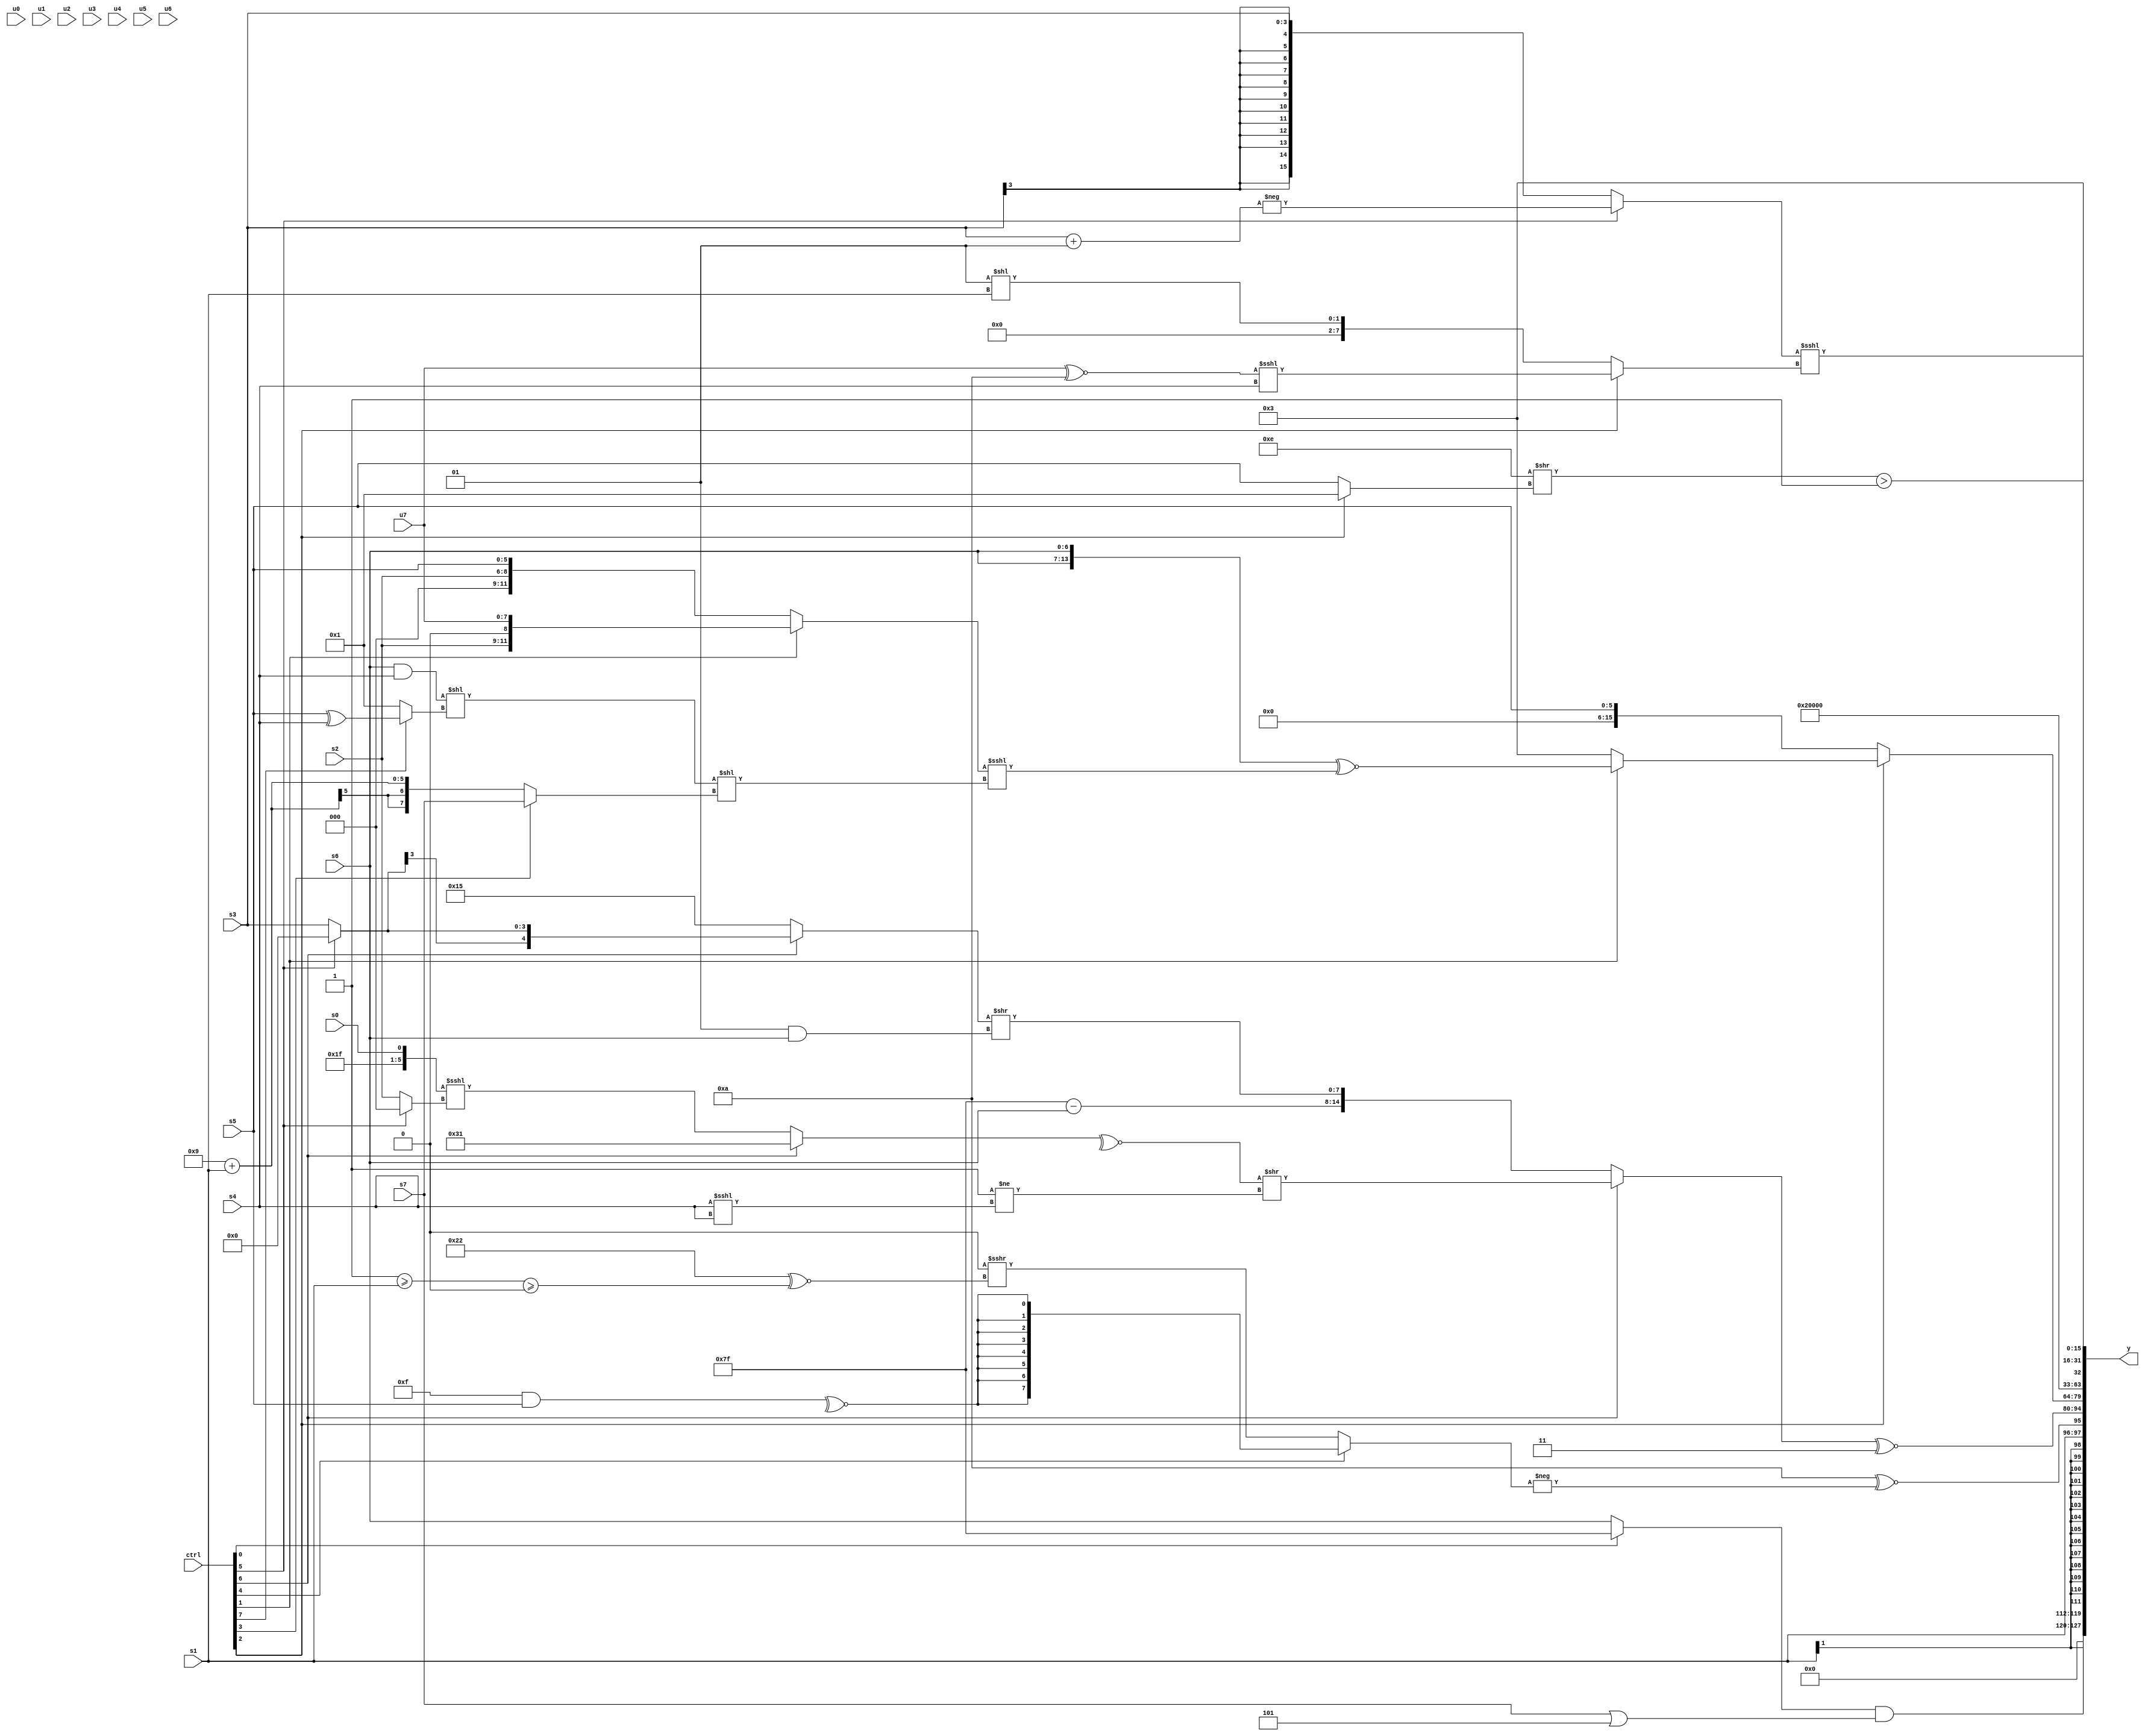
module wideexpr_00828(ctrl, u0, u1, u2, u3, u4, u5, u6, u7, s0, s1, s2, s3, s4, s5, s6, s7, y);
  input [7:0] ctrl;
  input [0:0] u0;
  input [1:0] u1;
  input [2:0] u2;
  input [3:0] u3;
  input [4:0] u4;
  input [5:0] u5;
  input [6:0] u6;
  input [7:0] u7;
  input signed [0:0] s0;
  input signed [1:0] s1;
  input signed [2:0] s2;
  input signed [3:0] s3;
  input signed [4:0] s4;
  input signed [5:0] s5;
  input signed [6:0] s6;
  input signed [7:0] s7;
  output [127:0] y;
  wire [15:0] y0;
  wire [15:0] y1;
  wire [15:0] y2;
  wire [15:0] y3;
  wire [15:0] y4;
  wire [15:0] y5;
  wire [15:0] y6;
  wire [15:0] y7;
  assign y = {y0,y1,y2,y3,y4,y5,y6,y7};
  assign y0 = $unsigned(((ctrl[0]?1'sb1:s6))&($signed($signed((s7)|(-(3'sb011))))));
  assign y1 = s1;
  assign y2 = {(+(5'sb11010))^~(-((ctrl[4]?$signed({4{{~^((4'b1111)&(s5))}}}):$signed((((ctrl[1]?(3'sb100)<<(6'sb001001):(6'sb011100)&(s7)))<<<(4'sb1001))>>>((6'sb100010)^~(((2'sb11)>=(s1))>=(&(6'sb001111)))))))),((ctrl[6]?(~^((ctrl[6]?6'sb110001:(($unsigned(1'b1))^~(s0))<<<($signed((ctrl[5]?1'sb0:s2))))))>>($signed($signed(((2'sb10)&(1'sb1))!=(((s4)<<<(s4))<<<((2'sb11)!=(5'sb11011)))))):{{1{{(-(^(5'sb00010)))-($signed(s6))}}},(ctrl[6]?($signed(-((ctrl[3]?s2:s7))))<<(((1'sb1)>=(1'b1))>>({3{s7}})):($signed((ctrl[6]?(ctrl[5]?1'sb0:s3):+(5'sb10101))))>>({1{$signed((2'sb01)&(s6))}}))}))^~(3'b011)};
  assign y3 = (ctrl[2]?(ctrl[1]?+(({2{s6}})^~(((ctrl[1]?+({{1{s2}},&(5'sb01100),u7}):{$unsigned((s2)<<<(3'sb000)),+($signed(s5))}))<<<((($signed((s6)&(s4)))<<((ctrl[7]?(s5)^(s4):$signed(4'sb0001))))<<((ctrl[3]?s7:(6'sb001001)+(+(s1))))))):3'sb011):s5);
  assign y4 = 4'sb0100;
  assign y5 = $unsigned((((5'sb01110)|(1'sb0))>>(+((ctrl[2]?1'b1:s5))))>(2'sb11));
  assign y6 = +(((ctrl[5]?-((s3)+(3'sb001)):(ctrl[5]?(s3)+(s0):(ctrl[5]?s5:s3))))<<<((ctrl[2]?((u7)^~(4'b1010))<<<($signed(s4)):$unsigned((2'sb01)<<(s1)))));
  assign y7 = 5'sb00011;
endmodule